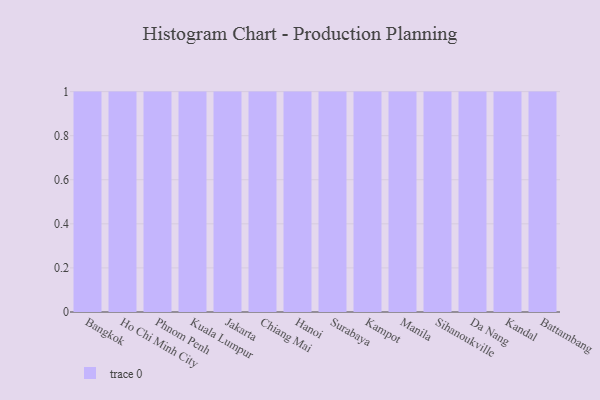
{"axis": {"x": "City", "y": "Humidity (%)"}, "legend": [""], "data": [{"x": "Bangkok", "y": 53, "type": ""}, {"x": "Ho Chi Minh City", "y": 42, "type": ""}, {"x": "Phnom Penh", "y": 66, "type": ""}, {"x": "Kuala Lumpur", "y": 26, "type": ""}, {"x": "Jakarta", "y": 46, "type": ""}, {"x": "Chiang Mai", "y": 17, "type": ""}, {"x": "Hanoi", "y": 98, "type": ""}, {"x": "Surabaya", "y": 53, "type": ""}, {"x": "Kampot", "y": 60, "type": ""}, {"x": "Manila", "y": 8, "type": ""}, {"x": "Sihanoukville", "y": 15, "type": ""}, {"x": "Da Nang", "y": 84, "type": ""}, {"x": "Kandal", "y": 32, "type": ""}, {"x": "Battambang", "y": 64, "type": ""}]}